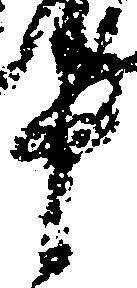
十